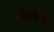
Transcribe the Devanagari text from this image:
तिर्यग्